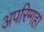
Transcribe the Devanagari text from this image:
अपरिग्गहा